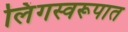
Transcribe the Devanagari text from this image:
लिंगस्वरूपात